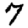
Digit: 7